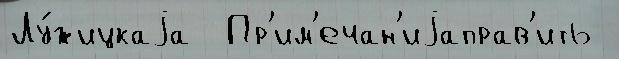
Лу́жицкаjа  Пр'им'ечан'иjаправ'ить